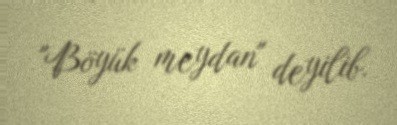
"Böyük meydan" deyilib.